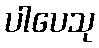
ပါပေသု